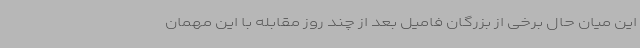
این میان حال برخی از بزرگان فامیل بعد از چند روز مقابله با این مهمان